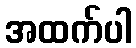
အထက်ပါ